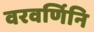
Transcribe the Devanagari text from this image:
वरवर्णिनि